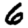
Digit: 6